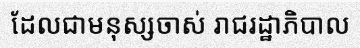
ដែលជាមនុស្សចាស់ រាជរដ្ឋាភិបាល